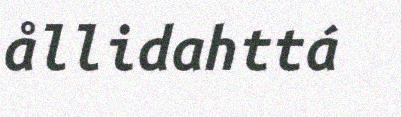
ållidahttá